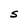
Character: S